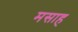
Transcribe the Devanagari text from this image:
मसाह